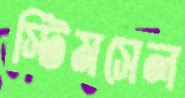
স্টিমসেল